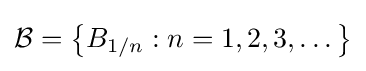
{\mathcal {B}}=\left\{B_{1/n}:n=1,2,3,\dots \right\}